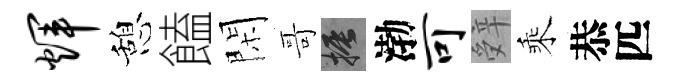
辉憩饁閑哥振渤可辤乘恭匹